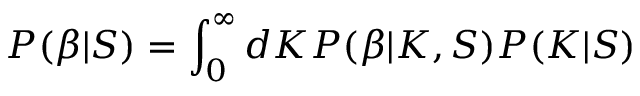
P ( \beta | S ) = \int _ { 0 } ^ { \infty } d K P ( \beta | K , S ) P ( K | S )